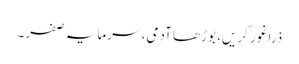
ذرا غور کریں، بوڑھا آدمی، سرمایہ صفر۔